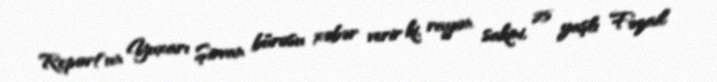
Report"un Yuxarı Şirvan bürosu xəbər verir ki, rayon sakini, 25 yaşlı Fəzail